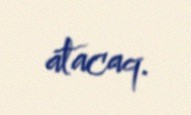
atacaq.